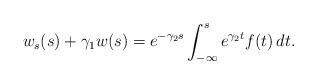
LaTeX: \begin{align*}w_s(s)+\gamma_1w(s)=e^{-\gamma_2s}\int_{-\infty}^se^{\gamma_2t}f(t)\,dt.\end{align*}